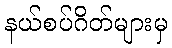
နယ်စပ်ဂိတ်များမှ